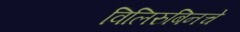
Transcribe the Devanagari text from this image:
विलिरुबिनचे